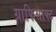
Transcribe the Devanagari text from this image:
ग्राफिसाफ्ट